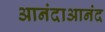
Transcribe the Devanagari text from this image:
आनंदाआनंद